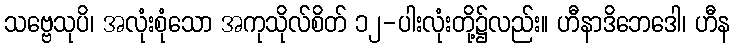
သဗ္ဗေသုပိ၊ အလုံးစုံသော အကုသိုလ်စိတ် ၁၂-ပါးလုံးတို့၌လည်း။ ဟီနာဒိဘေဒေါ၊ ဟီန